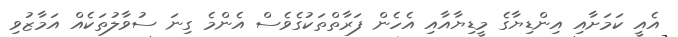
އެއީ ކަމަށާއި އިންޑިޔާގެ މީޑިޔާއާއި އެހެން ފަރާތްތަކުގެވެސް އެންމެ ގިނަ ސުވާލުތަކެއް އަމާޒުވި